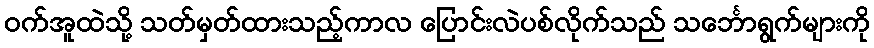
ဝက်အူထဲသို့ သတ်မှတ်ထားသည့်ကာလ ပြောင်းလဲပစ်လိုက်သည် သင်္ဘောရွက်များကို